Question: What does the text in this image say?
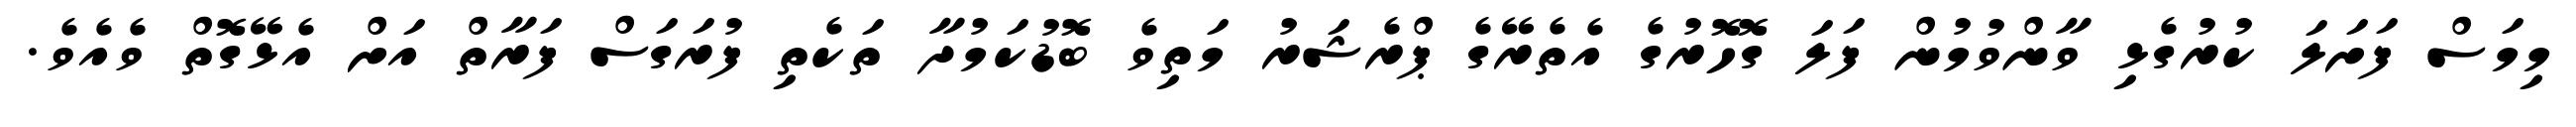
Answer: މިމަސް ފަށަލަ ކުރުގެޅި ވާންވުމުން ފަލަ ގޮހޮރުގެ އެތެރޭގެ ޕްރެޝަރު މަތިވެ ބޮޑުކަމުދާ ތަކެތި ފުރަގަސް ފަރާތް އަށް އެޅޭގޮތް ވެއެވެ.